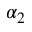
\alpha _ { 2 }